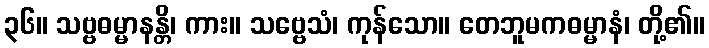
၃၆။ သဗ္ဗဓမ္မာနန္တိ၊ ကား။ သဗ္ဗေသံ၊ ကုန်သော။ တေဘူမကဓမ္မာနံ၊ တို့၏။